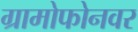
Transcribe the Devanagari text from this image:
ग्रामोफोनवर